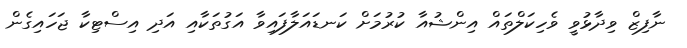
ނާފިޒް ވިދާޅުވީ ވެހިކަލްތައް އިންޝުއާ ކުރުމަށް ކަނޑައަލާފައިވާ އަގުތަކާއި އަދި އިސްޓިކާ ޖަހައިގެން